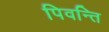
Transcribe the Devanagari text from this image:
पिवन्ति